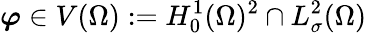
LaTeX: \boldsymbol{\varphi}\in V(\Omega):=H_{0}^{1}(\Omega)^{2}\cap L_{\sigma}^{2}(\Omega)